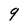
Character: q